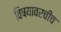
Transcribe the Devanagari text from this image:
विषयावरचीच